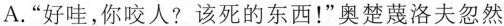
A.”好哇，你咬人?该死的东西！”奥楚蔑洛夫忽然